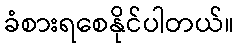
ခံစားရစေနိုင်ပါတယ်။